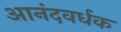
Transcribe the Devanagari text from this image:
आनंदवर्धक